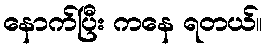
နောက်ပြီး ကနေ ရတယ်။